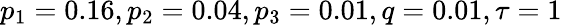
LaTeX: p_{1}=0.16,p_{2}=0.04,p_{3}=0.01,q=0.01,\tau=1